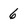
Character: 6